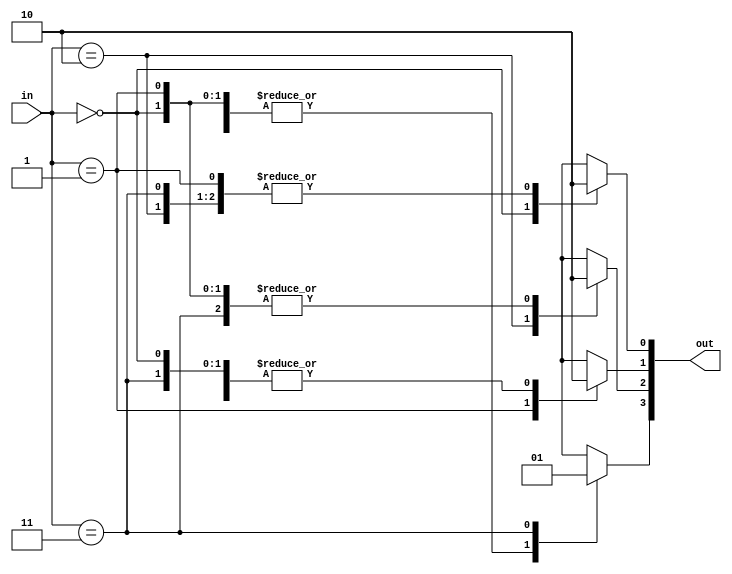
module decoder(
	input wire [1:0] in,
	output wire [3:0] out
);

	always @(in) begin
		out = 4'b0000;
		case (in)
			2'b00: out[0] = 1'b1;
			2'b01: out[1] = 1'b1;
			2'b10: out[2] = 1'b1;
			2'b11: out[3] = 1'b1;
			default: out = 4'b0000;
		endcase
	end
endmodule